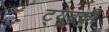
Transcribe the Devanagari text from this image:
ट्यूबकी